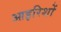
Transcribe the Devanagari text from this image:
आइरिशों